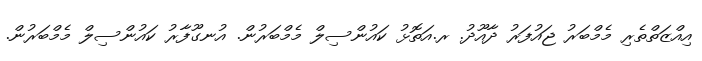
އިއްޒަތްތެރި މެމްބަރު ޖައުފަރު ދާއޫދު. ރ.އަތޮޅު ކައުންސިލް މެމްބަރުން. އުނގޫފާރު ކައުންސިލް މެމްބަރުން.